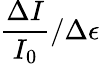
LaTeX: \frac{\Delta I}{I_{0}}/\Delta\epsilon